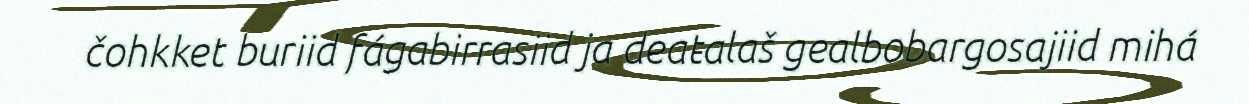
čohkket buriid fágabirrasiid ja deaŧalaš gealbobargosajiid mihá